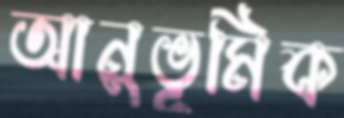
আনুভূমিক